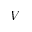
V